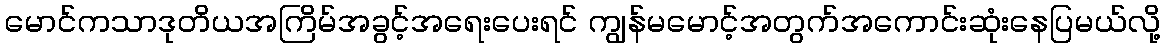
မောင်ကသာဒုတိယအကြိမ်အခွင့်အရေးပေးရင် ကျွန်မမောင့်အတွက်အကောင်းဆုံးနေပြမယ်လို့